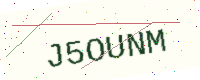
Text: J5OUNM